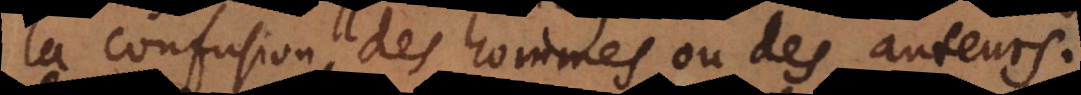
la confusion des hommes ou des auteurs.